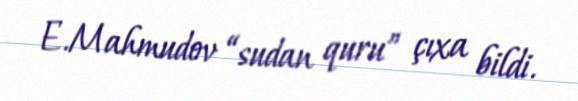
E.Mahmudov “sudan quru” çıxa bildi.